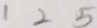
1 2 5